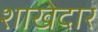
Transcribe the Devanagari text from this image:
शाखेदार